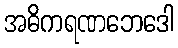
အဓိကရဏဘေဒေါ